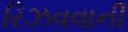
રિઝવવાની